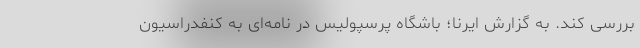
بررسی کند. به گزارش ایرنا؛ باشگاه پرسپولیس در نامه‌ای به کنفدراسیون